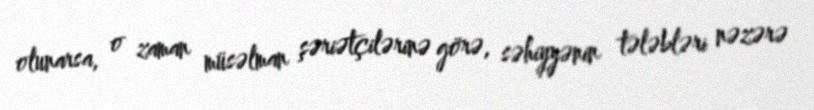
olunarsa, o zaman müsəlman şəriətçilərinə görə, səhiyyənin tələbləri nəzərə